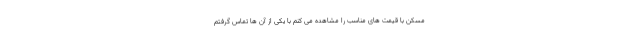
مسکن با قیمت های مناسب را مشاهده می کنم با یکی از آن ها تماس گرفتم